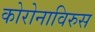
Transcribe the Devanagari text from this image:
कोरोनाविरुस